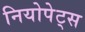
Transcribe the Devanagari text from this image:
नियोपेट्स